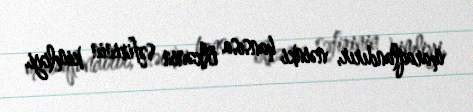
maraqlandırır, nəinki hansısa ölkənin səfirinin kimliyi.